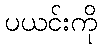
ပယင်းကို